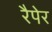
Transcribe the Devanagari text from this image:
रैपेर